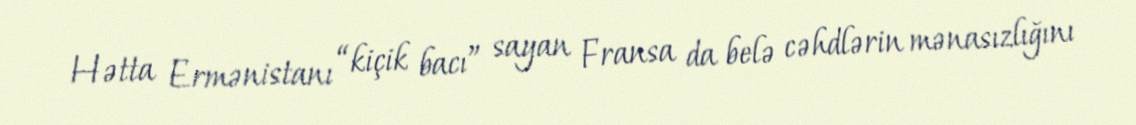
Hətta Ermənistanı “kiçik bacı” sayan Fransa da belə cəhdlərin mənasızlığını